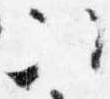
次